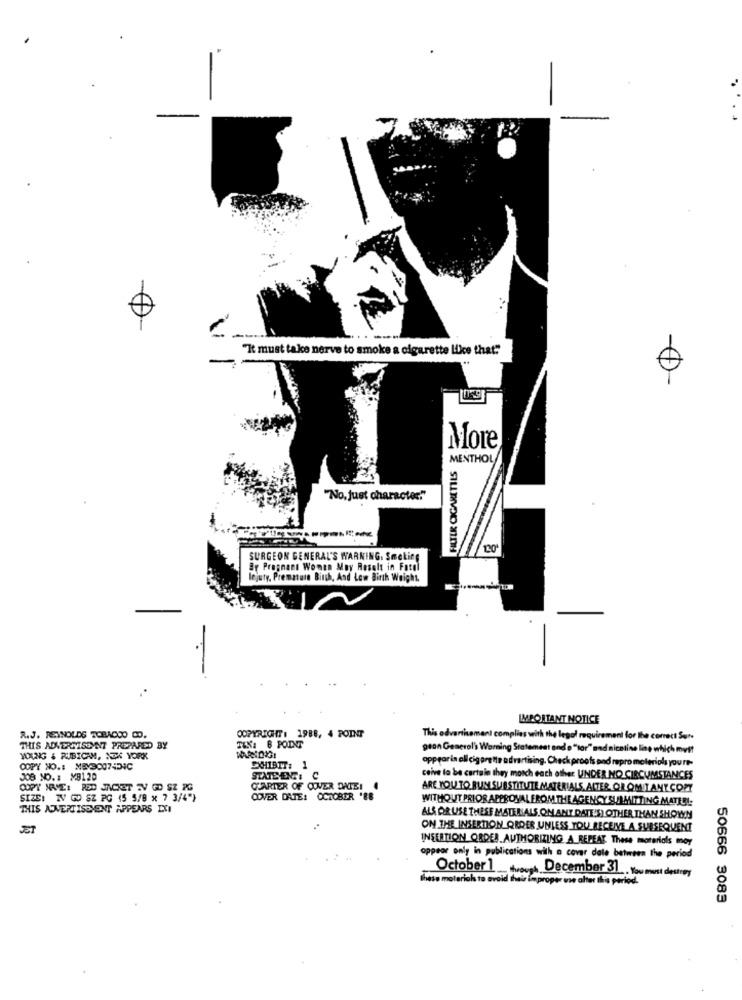
-
"It must take nerve to smoke a cigarette Like that""
More
MENTHOL
FILTER CIGARETTES
"No. just character."
120
SURGEON GENERAL'S WARNING. Smoking
Br Pregnant Women May Result in Farol
lejuty, Premature Birch, And Low Birth Weight.
IMPORTANT NOTICE
R.J. REYNOLDS TOBACCO CO.
COPYRIGHT: 1988, 4 POINT
This advertisement complies with the legal requirement for the correct Sur-
THIS ADVERTISEYNT PREPARED BY
TEK: B POINT
pean General's Warning Statement and o "tor" und nicotine line which mvit
WING & RUBICAM, SEX YORK
appearin all cigarette advertising. Check proofs and repro moteriols you re-
COPY NO .: NEY3007454C
EXHIBIT: 1
JOB NO. # M8120
STATEMENT: C
ceive to be certain they moich each other UNDER NO CIRCUMSTANCES
COPY NWEI RED JACKET SV GD SZ PC
QUARTER OF COVER DATE!
ARE YOU TO BUN SUBSTITUTE MATERIALS.ALTER GROMITANT.COPY
SIZE: TV GD SZ PG (5 5/8 x 7 3/4")
COVER DATE: OCTOBER 'EB
WITHOUT PRIOR APPROVAL FROM THE AGENCY SUBMITTING MATERI
THIS ANERTISCHENT APPEARS IXI
ALS OR USE THESE MATERIALS ON ANY DATES) OTHER THAN SHOWN
JET
ON THE INSERTION ORDER UNLESS YOU RECEIVE A SUBSEQUENT
INSERTION ORDER_AUTHORIZING A REPEAT These materials moy
appear only in publications with a cover dale between the period
Ihete moterick to avoid their improper onse alter this period.
October 1 December 31, You must destroy
50666 3083